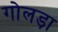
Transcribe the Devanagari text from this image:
गोलड़ा